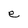
Character: e